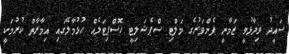
ސައީދު ވިދާޅުވީ ޒަމާނީ ފެންވަރުގެ މަލްޓި ސްޕެޝަލިޓީ ހޮސްޕިޓަލެއް ހުޅުމާލޭގައި އިމާރާތް ކުރުމަކީ